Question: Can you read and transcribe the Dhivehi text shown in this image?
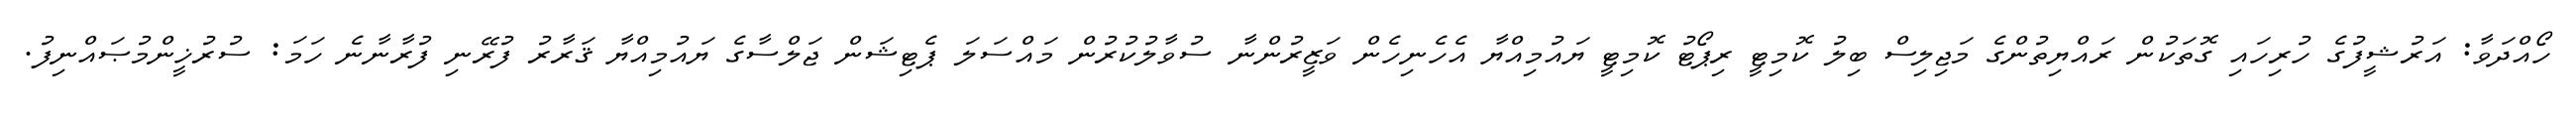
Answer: ހޯއްދަވާ: އަރުޝީފުގެ ހުރިހައި ގޮތަކުން ރައްޔިތުންގެ މަޖިލިސް ބިލު ކޮމިޓީ ރިޕޯޓު ކޮމިޓީ ޔައުމިއްޔާ އެހެނިހެން ވަޒީރުންނާ ސުވާލުކުރުން މައްސަލަ ޕެޓިޝަން ޖަލްސާގެ ޔައުމިއްޔާ ޤަރާރު ފުރޭނި ފުރާނާނެ ހަމަ: ސުރުޚީންމުޞައްނިފު.